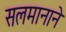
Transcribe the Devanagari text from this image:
सलमानाने